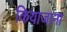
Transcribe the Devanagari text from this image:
कियाजाना